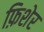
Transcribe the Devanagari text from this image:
फ़िशेर